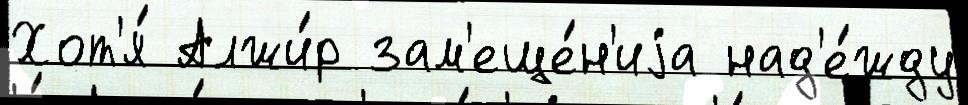
Хот'я́ Алжи́р зам'еще́н'иjа над'е́жду